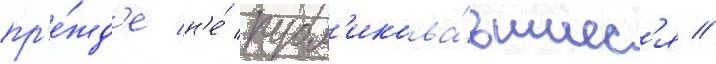
пр'е́жд'е н'е́ публ'икова́вшиес'я //